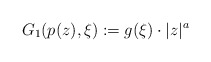
\begin{align*}G_1(p(z), \xi) := g(\xi)\cdot |z|^a \end{align*}